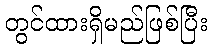
တွင်ထားရှိမည်ဖြစ်ပြီး